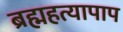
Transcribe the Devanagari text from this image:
ब्रह्महत्यापाप